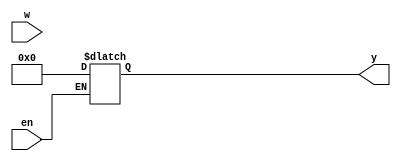
module lab8q2(w,y,en);
input [2:0] w;
input en;
output [7:0] y; 
reg [7:0] y;


reg k;


always @ (w or en)
begin
	if(en==0)
		y=0;
	else
		begin
			for(k=7;k>-1;k=k-1)
				begin
					y[k]=0;
					if(k==w)
					y[k]=1;
				end
		end
end

endmodule